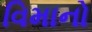
વિમાનો